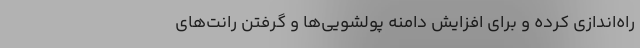
راه‌اندازی کرده و برای افزایش دامنه پولشویی‌ها و گرفتن‌ رانت‌های